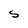
Character: S